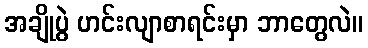
အချိုပွဲ ဟင်းလျာစာရင်းမှာ ဘာတွေလဲ။